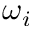
\omega _ { i }